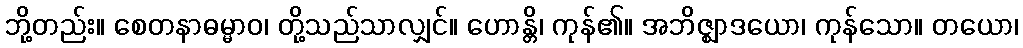
ဘို့တည်း။ စေတနာဓမ္မာဝ၊ တို့သည်သာလျှင်။ ဟောန္တိ၊ ကုန်၏။ အဘိဇ္ဈာဒယော၊ ကုန်သော။ တယော၊